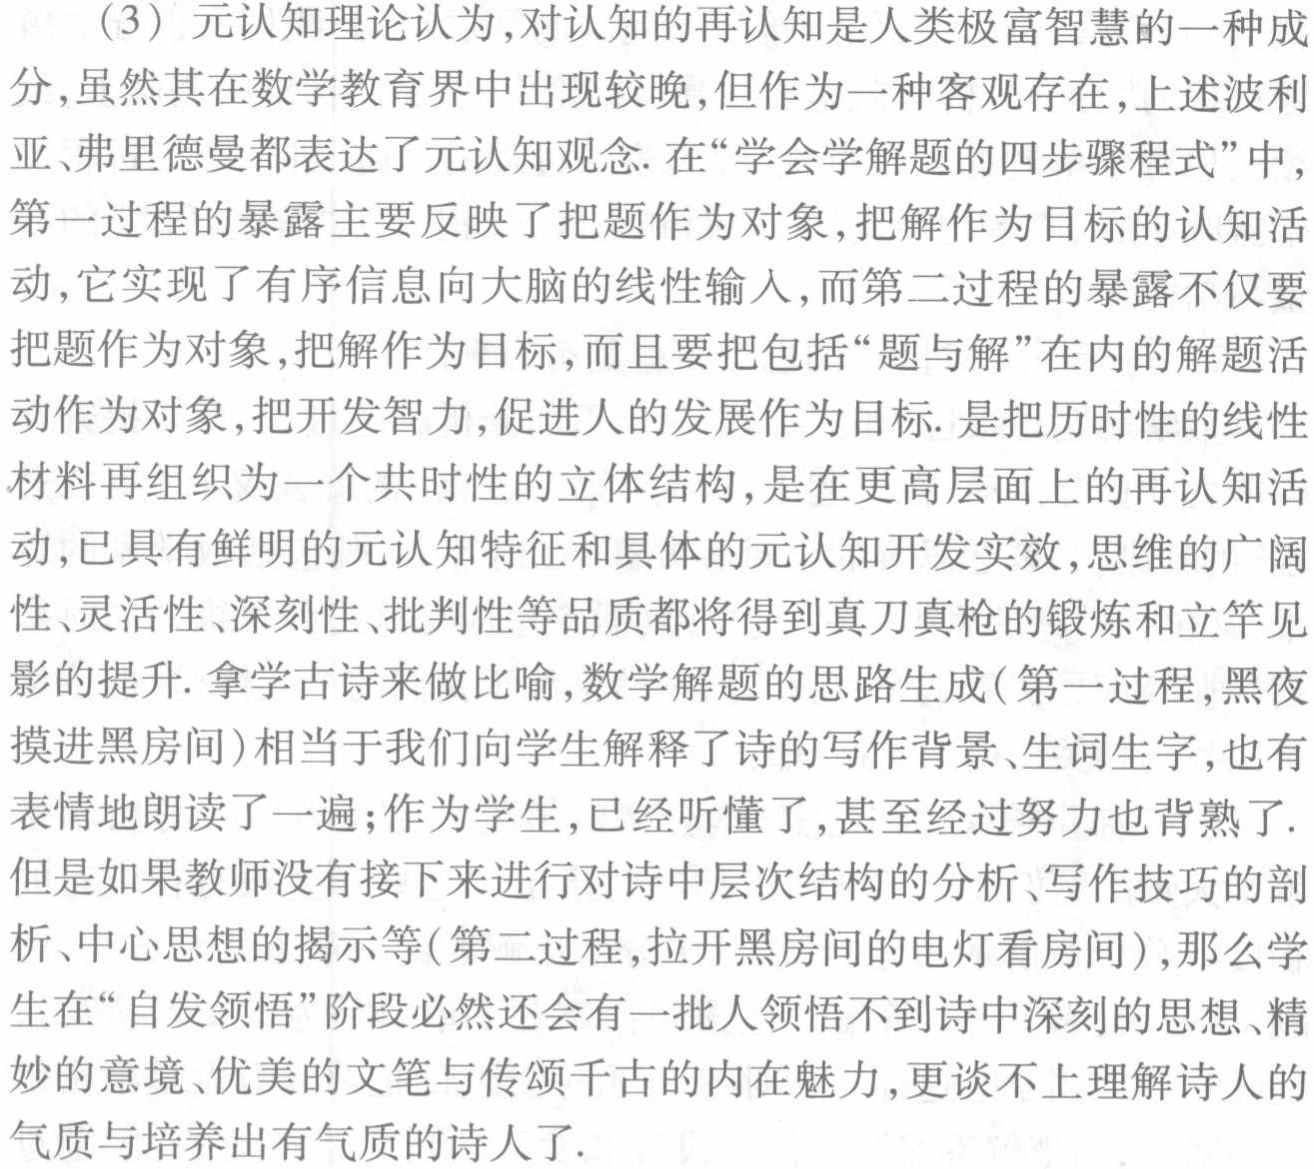
(3) 元认知理论认为，对认知的再认知是人类极富智慧的一种成

分，虽然其在数学教育界中出现较晚，但作为一种客观存在，上述波利

亚、弗里德曼都表达了元认知观念. 在“学会学解题的四步骤程式”中，

第一过程的暴露主要反映了把题作为对象，把解作为目标的认知活

动，它实现了有序信息向大脑的线性输入，而第二过程的暴露不仅要

把题作为对象，把解作为目标，而且要把包括“题与解”在内的解题活

动作为对象，把开发智力，促进人的发展作为目标. 是把历时性的线性

材料再组织为一个共时性的立体结构，是在更高层面上的再认知活

动，已具有鲜明的元认知特征和具体的元认知开发实效，思维的广阔

性、灵活性、深刻性、批判性等品质都将得到真刀真枪的锻炼和立竿见

影的提升. 拿学古诗来做比喻，数学解题的思路生成(第一过程，黑夜

摸进黑房间)相当于我们向学生解释了诗的写作背景、生词生字，也有

表情地朗读了一遍；作为学生，已经听懂了，甚至经过努力也背熟了.

但是如果教师没有接下来进行对诗中层次结构的分析、写作技巧的剖

析、中心思想的揭示等(第二过程，拉开黑房间的电灯看房间)，那么学

生在“自发领悟”阶段必然还会有一批人领悟不到诗中深刻的思想、精

妙的意境、优美的文笔与传颂千古的内在魅力，更谈不上理解诗人的

气质与培养出有气质的诗人了.